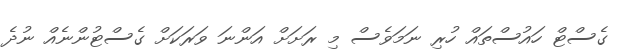
ގެސްޓް ހައުސްތައް ހުރި ނަމަވެސް މި ރަށަށް އަންނަ ވަރަކަށް ގެސްޓުންނެއް ނުދެ